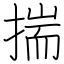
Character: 揣